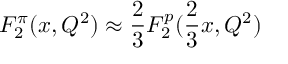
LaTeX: F _ { 2 } ^ { \pi } ( x , Q ^ { 2 } ) \approx \frac { 2 } { 3 } F _ { 2 } ^ { p } ( \frac { 2 } { 3 } x , Q ^ { 2 } )